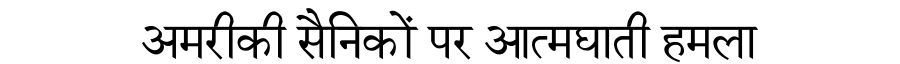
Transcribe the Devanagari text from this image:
अमरीकी सैनिकों पर आत्मघाती हमला